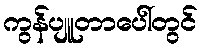
ကွန်ပျူတာပေါ်တွင်